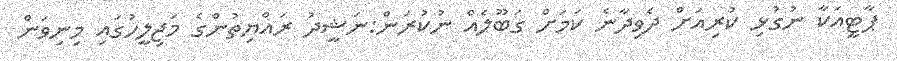
ޕާޓީއަކާ ނުގުޅި ކުރިއަށް ދެވިދާނެ ކަމަށް ގަބޫލެއް ނުކުރަން:ނަޝީދު ރައްޔިތުންގެ މަޖިލީހުގައި މިނިވަން